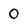
Character: 0